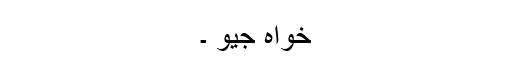
خواہ جیو ۔